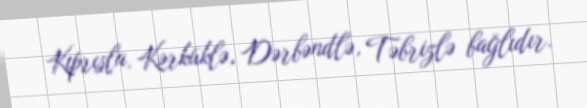
Kıprısla, Kərküklə, Dərbəndlə, Təbrizlə bağlıdır.